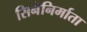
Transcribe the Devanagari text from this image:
सिनेनिर्माता